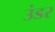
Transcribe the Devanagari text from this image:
उंडर